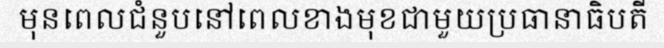
មុនពេលជំនួបនៅពេលខាងមុខជាមួយប្រធានាធិបតី